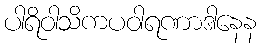
ပါရိဝါသိကပဝါရဏာဒါနေန